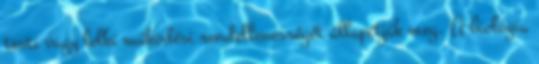
testi vagy lelki működési rendellenességét állapítják meg. A biológia